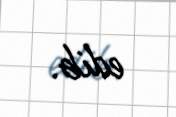
edib.